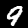
Label: 9